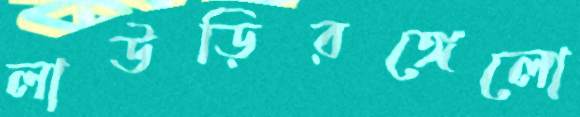
লাউড়িরঙ্গেলো